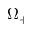
\Omega _ { + }